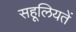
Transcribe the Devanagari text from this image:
सहूलियतें